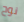
نوح